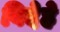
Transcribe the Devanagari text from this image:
विदेहे